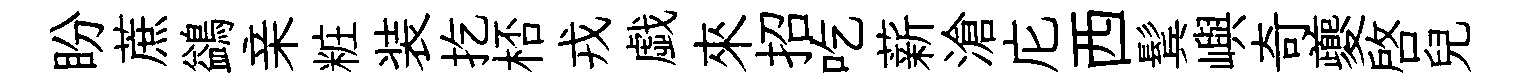
盼蔗鷁亲粧装扢桮戎戯來招吃薪滄庀西鬂嶼奇夔啓兒